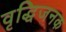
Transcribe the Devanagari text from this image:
वृद्धिजनक